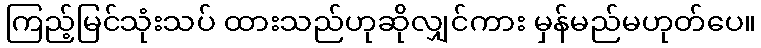
ကြည့်မြင်သုံးသပ် ထားသည်ဟုဆိုလျှင်ကား မှန်မည်မဟုတ်ပေ။